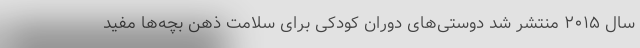
سال ۲۰۱۵ منتشر شد دوستی‌های دوران کودکی برای سلامت ذهن بچه‌ها مفید